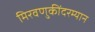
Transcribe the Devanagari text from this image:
मिरवणुकींदरम्यान